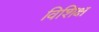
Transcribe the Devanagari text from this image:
विशिक्ष